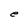
Character: e